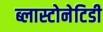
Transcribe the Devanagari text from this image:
ब्लास्टोनेटिडी